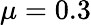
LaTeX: \mu=0.3